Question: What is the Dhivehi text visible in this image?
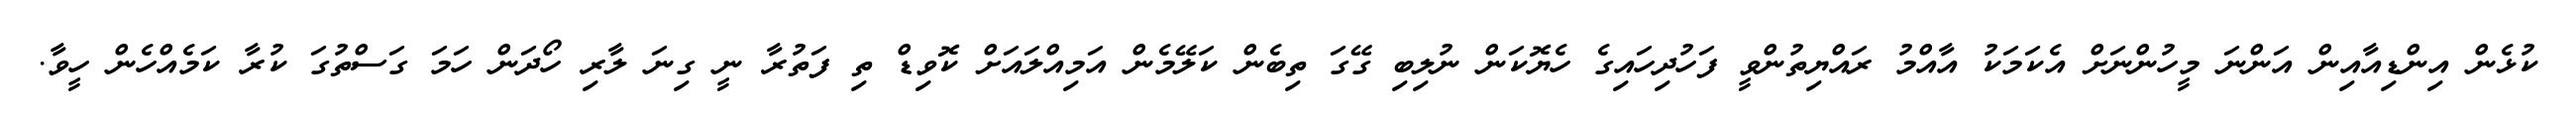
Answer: ކުޅެން އިންޑިއާއިން އަންނަ މީހުންނަށް އެކަމަކު އާއްމު ރައްޔިތުންވީ ފަހުދިހައިގެ ހެޔޮކަން ނުލިބި ގޭގަ ތިބެން ކަލޭމެން އަމިއްލައަށް ކޮވިޑް ތި ފަތުރާ ނީ ގިނަ ލާރި ހޯދަން ހަމަ ގަސްތުގަ ކުރާ ކަމެއްހެން ހީވާ.